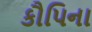
કૌપિના